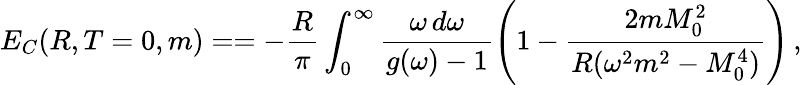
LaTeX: E_{C}(R,T=0,m)==-\frac{R}{\pi}\int_{0}^{\infty}\frac{\omega\, d\omega}{g(\omega)-1}\left(1-\frac{2mM_{0}^{2}}{R(\omega^{2}m^{2}-M_{0}^{4})}\right)\, {,}